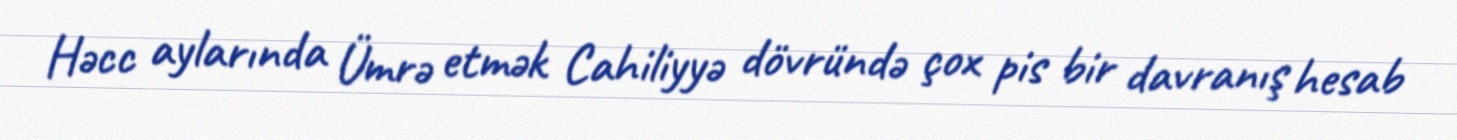
Həcc aylarında Ümrə etmək Cahiliyyə dövründə çox pis bir davranış hesab